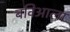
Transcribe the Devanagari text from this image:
बविआला